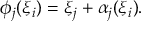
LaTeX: \phi _ { j } ( \xi _ { i } ) = \xi _ { j } + \alpha _ { j } ( \xi _ { i } ) .